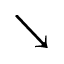
\searrow